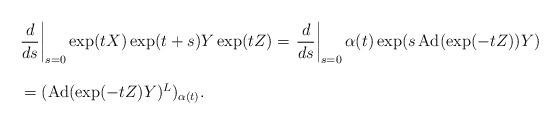
LaTeX: \begin{align*} \begin{array}{lll}&& \displaystyle{\left.\frac{d}{ds}\right|_{s=0}\exp (tX) \exp (t+s)Y \exp(tZ)}=\displaystyle{\left.\frac{d}{ds}\right|_{s=0}\alpha(t) \exp (s\operatorname{Ad}(\exp (-tZ))Y)}\ \\\\&&\ =(\operatorname{Ad}(\exp (-tZ)Y)^L)_{\alpha(t)}. \end{array}\end{align*}